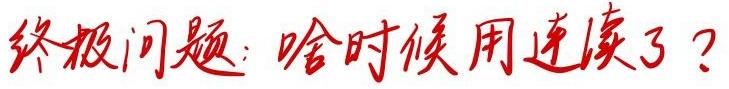
终极问题：啥时候用连续了？